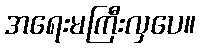
အရေးမကြီးလှပေ။